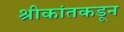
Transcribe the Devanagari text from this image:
श्रीकांतकडून